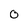
Character: 0